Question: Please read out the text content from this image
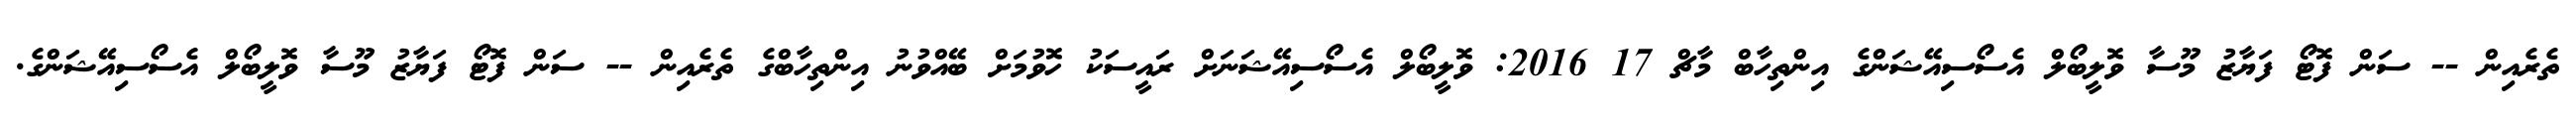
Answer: ތެރެއިން -- ސަން ފޮޓޯ ފަޔާޒު މޫސާ ވޮލީބޯލް އެސޯސިއޭޝަންގެ އިންތިހާބް މާޗް 17 2016: ވޮލީބޯލް އެސޯސިއޭޝަނަށް ރައީސަކު ހޮވުމަށް ބޭއްވުނު އިންތިހާބްގެ ތެރެއިން -- ސަން ފޮޓޯ ފަޔާޒު މޫސާ ވޮލީބޯލް އެސޯސިއޭޝަންގެ.